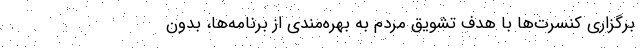
برگزاری کنسرت‌ها با هدف تشویق مردم به بهره‌مندی از برنامه‌ها، بدون